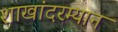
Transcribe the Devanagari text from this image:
शाखांदरम्यान